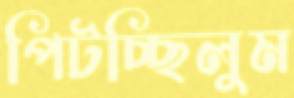
পিটচ্ছিলুম